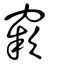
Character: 窾